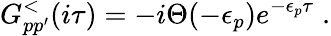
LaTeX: G_{pp^{\prime}}^{<}(i\tau)=-i\Theta(-\epsilon_{p})e^{-\epsilon_{p}\tau}\; .